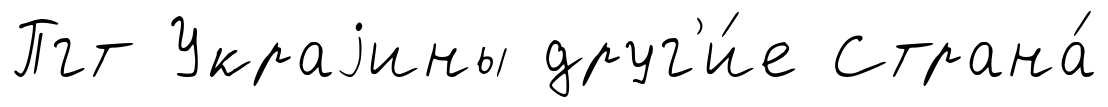
Пгт Украjины друг'и́е Страна́